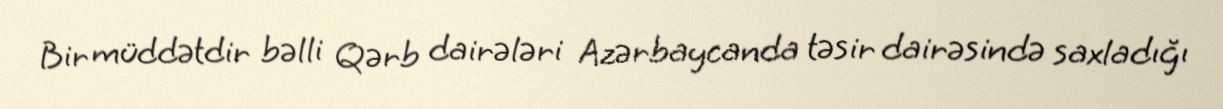
Bir müddətdir bəlli Qərb dairələri Azərbaycanda təsir dairəsində saxladığı